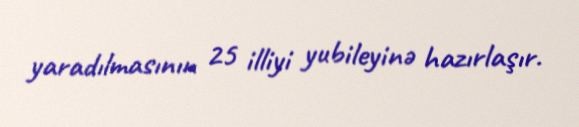
yaradılmasının 25 illiyi yubileyinə hazırlaşır.